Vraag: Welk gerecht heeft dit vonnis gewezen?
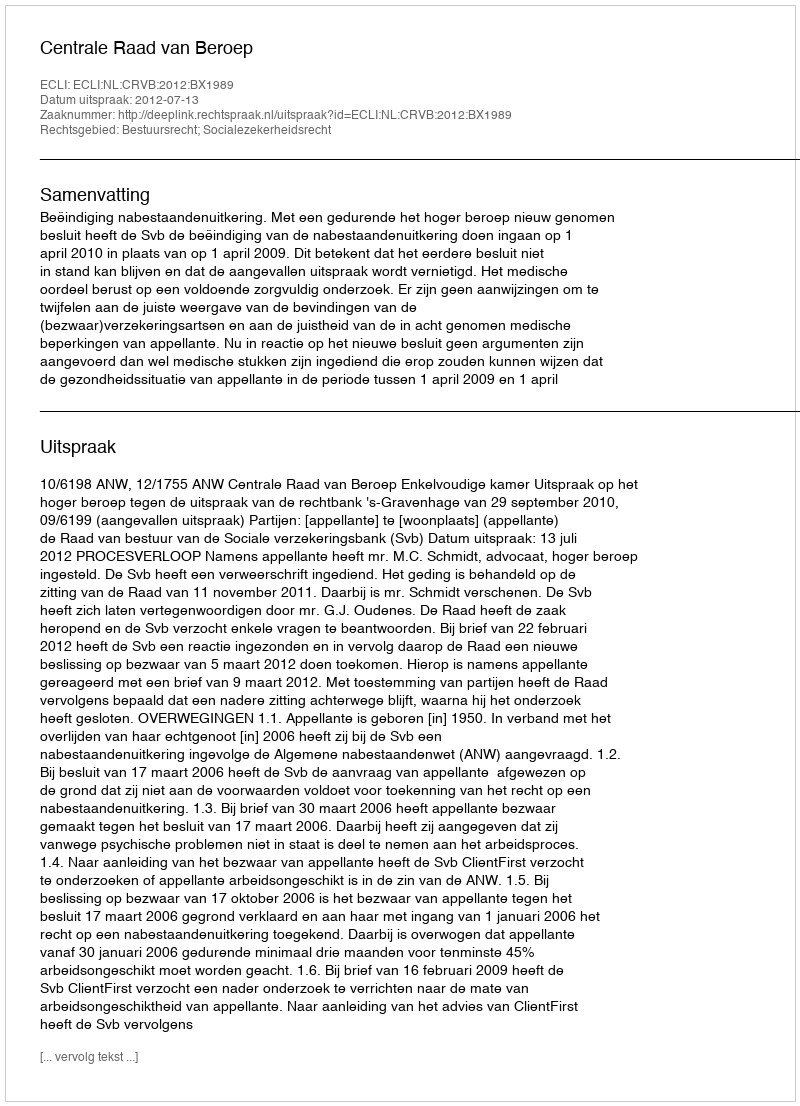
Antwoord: Centrale Raad van Beroep